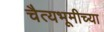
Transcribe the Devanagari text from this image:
चैत्यभूमीच्या